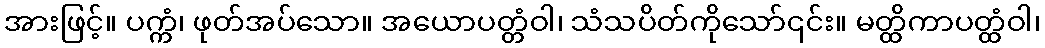
အားဖြင့်။ ပက္ကံ၊ ဖုတ်အပ်သော။ အယောပတ္တံဝါ၊ သံသပိတ်ကိုသော်၎င်း။ မတ္ထိကာပတ္ထံဝါ၊